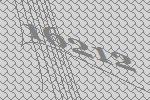
16212